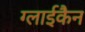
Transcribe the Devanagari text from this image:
ग्लाईकैन